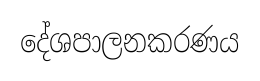
දේශපාලනකරණය